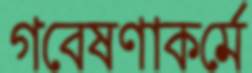
গবেষণাকর্মে